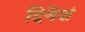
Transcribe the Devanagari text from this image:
दिनेशं